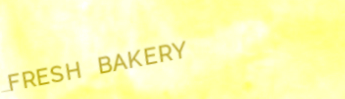
FRESH BAKERY